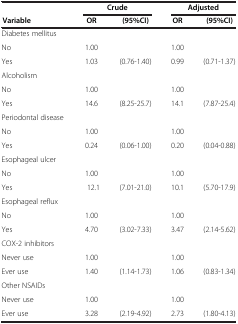
<table><thead><tr><td><b> </b></td><td colspan="2"><b>Crude</b></td><td colspan="2"><b>Adjusted</b></td></tr><tr><td><b>Variable</b></td><td><b>OR</b></td><td><b>(95%CI)</b></td><td><b>OR</b></td><td><b>(95%CI)</b></td></tr></thead><tbody><tr><td>Diabetes mellitus</td><td> </td><td> </td><td> </td><td> </td></tr><tr><td>No</td><td>1.00</td><td> </td><td>1.00</td><td> </td></tr><tr><td>Yes</td><td>1.03</td><td>(0.76-1.40)</td><td>0.99</td><td>(0.71-1.37)</td></tr><tr><td>Alcoholism</td><td> </td><td> </td><td> </td><td> </td></tr><tr><td>No</td><td>1.00</td><td> </td><td>1.00</td><td> </td></tr><tr><td>Yes</td><td>14.6</td><td>(8.25-25.7)</td><td>14.1</td><td>(7.87-25.4)</td></tr><tr><td>Periodontal disease</td><td> </td><td> </td><td> </td><td> </td></tr><tr><td>No</td><td>1.00</td><td> </td><td>1.00</td><td> </td></tr><tr><td>Yes</td><td>0.24</td><td>(0.06-1.00)</td><td>0.20</td><td>(0.04-0.88)</td></tr><tr><td>Esophageal ulcer</td><td> </td><td> </td><td> </td><td> </td></tr><tr><td>No</td><td>1.00</td><td> </td><td>1.00</td><td> </td></tr><tr><td>Yes</td><td>12.1</td><td>(7.01-21.0)</td><td>10.1</td><td>(5.70-17.9)</td></tr><tr><td>Esophageal reflux</td><td> </td><td> </td><td> </td><td> </td></tr><tr><td>No</td><td>1.00</td><td> </td><td>1.00</td><td> </td></tr><tr><td>Yes</td><td>4.70</td><td>(3.02-7.33)</td><td>3.47</td><td>(2.14-5.62)</td></tr><tr><td>COX-2 inhibitors</td><td> </td><td> </td><td> </td><td> </td></tr><tr><td>Never use</td><td>1.00</td><td> </td><td>1.00</td><td> </td></tr><tr><td>Ever use</td><td>1.40</td><td>(1.14-1.73)</td><td>1.06</td><td>(0.83-1.34)</td></tr><tr><td>Other NSAIDs</td><td> </td><td> </td><td> </td><td> </td></tr><tr><td>Never use</td><td>1.00</td><td> </td><td>1.00</td><td> </td></tr><tr><td>Ever use</td><td>3.28</td><td>(2.19-4.92)</td><td>2.73</td><td>(1.80-4.13)</td></tr></tbody></table>